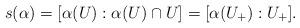
LaTeX: \begin{align*}s(\alpha)=[\alpha(U):\alpha(U)\cap U]=[\alpha(U_+) : U_+].\end{align*}